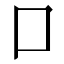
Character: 口